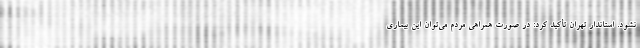
نشود. استاندار تهران تأکید کرد: در صورت همراهی مردم می‌توان این بیماری